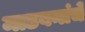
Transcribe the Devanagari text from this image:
माडबनांचे